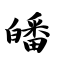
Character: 皤